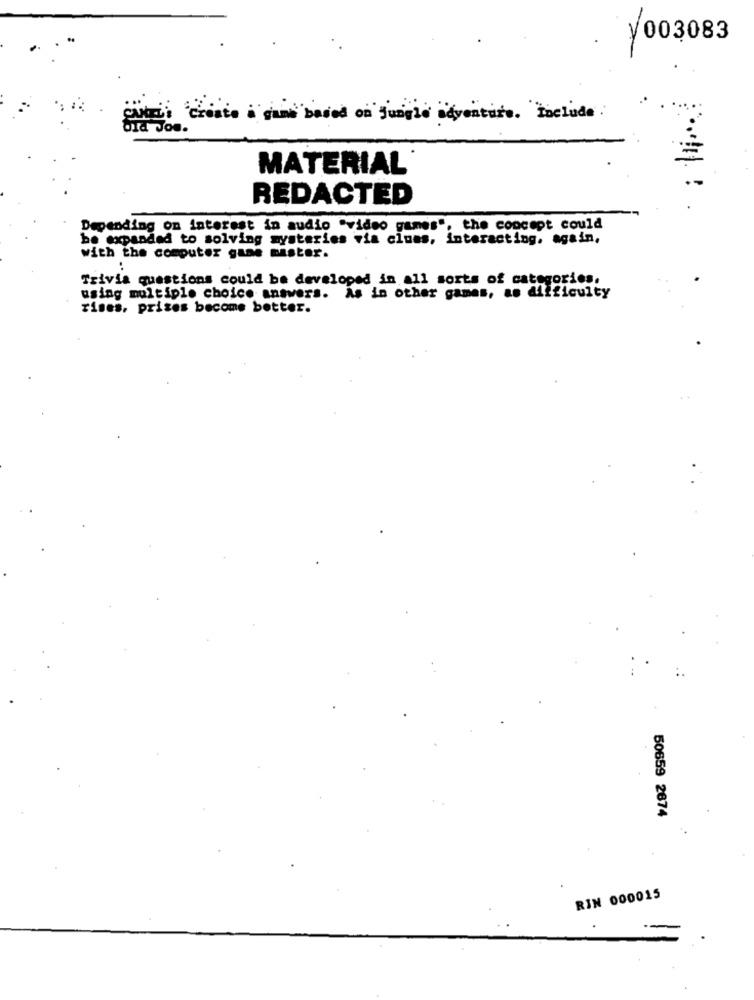
1003083
.
create a game based on jungle adventure. Include :
old Joe.
MATERIAL
REDACTED
Depending on interest in audio "video games", the concept could
be expanded to solving mysteries via clues, interacting. again,
with the computer gune master.
Trivia questions could be developed in all sorts of categories.
using multiple choice answers. As in other games, as difficulty
rises, prises become better.
50659 2674
RIN 000015